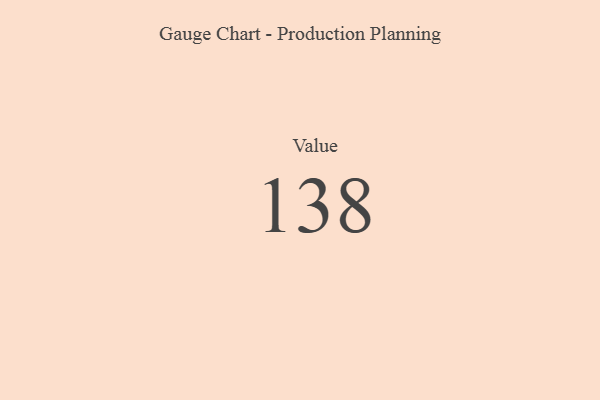
{"axis": {"x": "Metric", "y": "Value"}, "legend": [""], "data": [{"x": "Value", "y": 138, "type": ""}]}